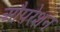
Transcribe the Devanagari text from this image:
औपरेशन